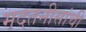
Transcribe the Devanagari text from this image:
मदतनीसांची